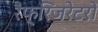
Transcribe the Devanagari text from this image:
रैफ्रिजरेटरों